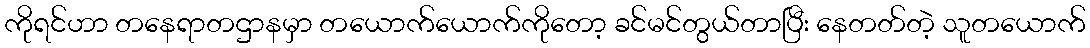
ကိုရင်ဟာ တနေရာတဌာနမှာ တယောက်ယောက်ကိုတော့ ခင်မင်တွယ်တာပြီး နေတတ်တဲ့ သူတယောက်